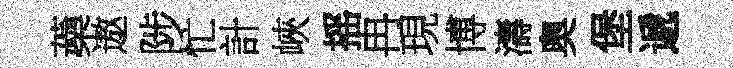
蘃遨陟忙計峽摇冉現博濤奥堡遞